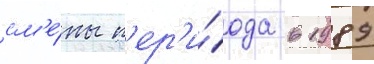
см'е́ны п'ер'и́ода в 1989